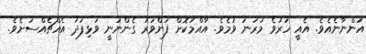
އަންނާނެއެވެ. އެއީ ހަރުވެ މުރަނަ ވުމެވެ. އާއްމުކޮށް ފަންވަރު ގެންނަނީ ވަޅިފަދަ އެއްޗެއްސަށެވެ.